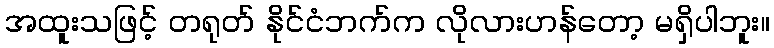
အထူးသဖြင့် တရုတ် နိုင်ငံဘက်က လိုလားဟန်တော့ မရှိပါဘူး။